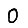
Digit: 0